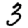
Digit: 3